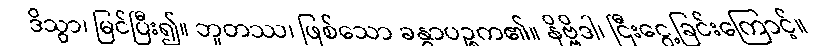
ဒိသွာ၊ မြင်ပြီး၍။ ဘူတဿ၊ ဖြစ်သော ခန္ဓာပဉ္စက၏။ နိဗ္ဗိဒါ၊ ငြီးငွေ့ခြင်းကြောင့်။